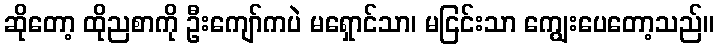
ဆိုတော့ ထိုညစာကို ဦးကျော်ကပဲ မရှောင်သာ၊ မငြင်းသာ ကျွေးပေတော့သည်။